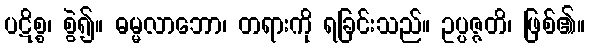
ပဋိစ္စ၊ စွဲ၍။ ဓမ္မလာဘော၊ တရားကို ရခြင်းသည်။ ဥပ္ပဇ္ဇတိ၊ ဖြစ်၏။